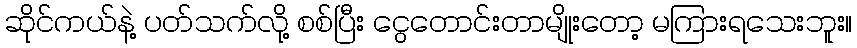
ဆိုင်ကယ်နဲ့ ပတ်သက်လို့ စစ်ပြီး ငွေတောင်းတာမျိုးတော့ မကြားရသေးဘူး။